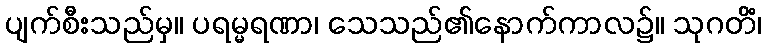
ပျက်စီးသည်မှ။ ပရမ္မရဏာ၊ သေသည်၏နောက်ကာလ၌။ သုဂတိံ၊